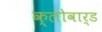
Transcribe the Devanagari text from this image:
क्लोवार्ड